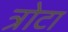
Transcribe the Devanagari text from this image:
त्रोटा